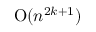
{ \mathrm { O } } ( n ^ { 2 k + 1 } )